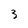
Character: 3